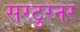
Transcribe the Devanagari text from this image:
सरटुरनर